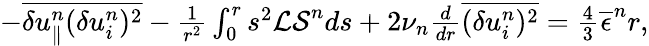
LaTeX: \begin{array}{r}{-\overline{{\delta u_{\parallel}^{n}(\delta u_{i}^{n})^{2}}}-\frac{1}{r^{2}}\int_{0}^{r}s^{2}{\cal LS}^{n}ds+2\nu_{n}\frac{d}{dr}\overline{{(\delta u_{i}^{n})^{2}}}=\frac{4}{3}\overline{{\epsilon}}^{n}r,}\end{array}